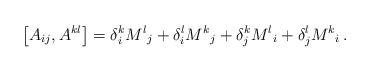
LaTeX: \begin{align*}\left[ A_{ij} , A^{kl} \right] = \delta_i^k {M^l}_j + \delta_i^l {M^k}_j + \delta_j^k {M^l}_i + \delta_j^l {M^k}_i \,.\end{align*}